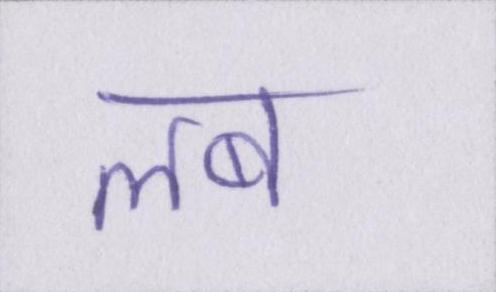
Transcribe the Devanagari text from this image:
लब